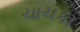
ચાચકા